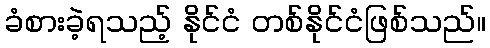
ခံစားခဲ့ရသည့် နိုင်ငံ တစ်နိုင်ငံဖြစ်သည်။